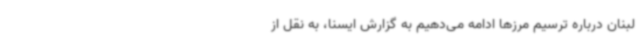
لبنان درباره ترسیم مرزها ادامه می‌دهیم به گزارش ایسنا، به نقل از